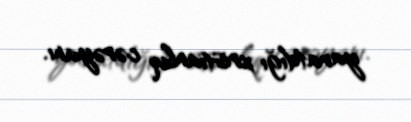
yaratdığı xristianlıq cərəyanı.